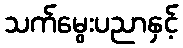
သက်မွေးပညာနှင့်